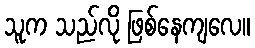
သူက သည်လို ဖြစ်နေကျလေ။